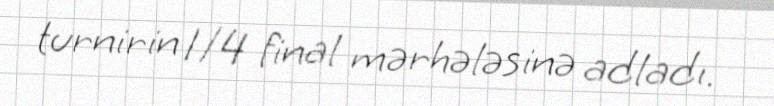
turnirin 1/4 final mərhələsinə adladı.